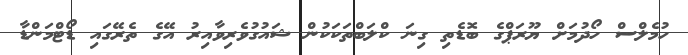
ހުމެލްސް ހޯދުމަށް ޔޫރަޕްގެ ބޮޑެތި ގިނަ ކްލަބްތަކަކުން ޝައުގުވެރިވާއިރު އޭގެ ތެރޭގައި ޑޯޓްމަންޑާ